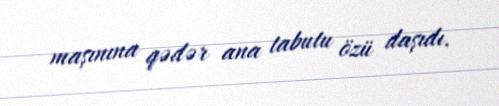
maşınına qədər ana tabutu özü daşıdı.